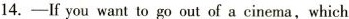
14.-If you want to go out of a cinema,which